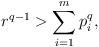
LaTeX: \begin{align*} r^{q-1}>\sum_{i=1}^m p_i^q,\end{align*}